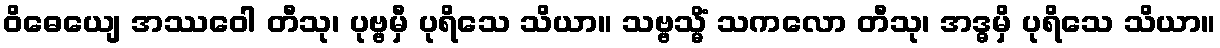
ဝိဓေယျေ အဿဝေါ တီသု၊ ပုဗ္ဗမှီ ပုရိသေ သိယာ။ သဗ္ဗသ္မိံ သကလော တီသု၊ အဒ္ဓမှိ ပုရိသေ သိယာ။